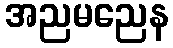
အညမညေန